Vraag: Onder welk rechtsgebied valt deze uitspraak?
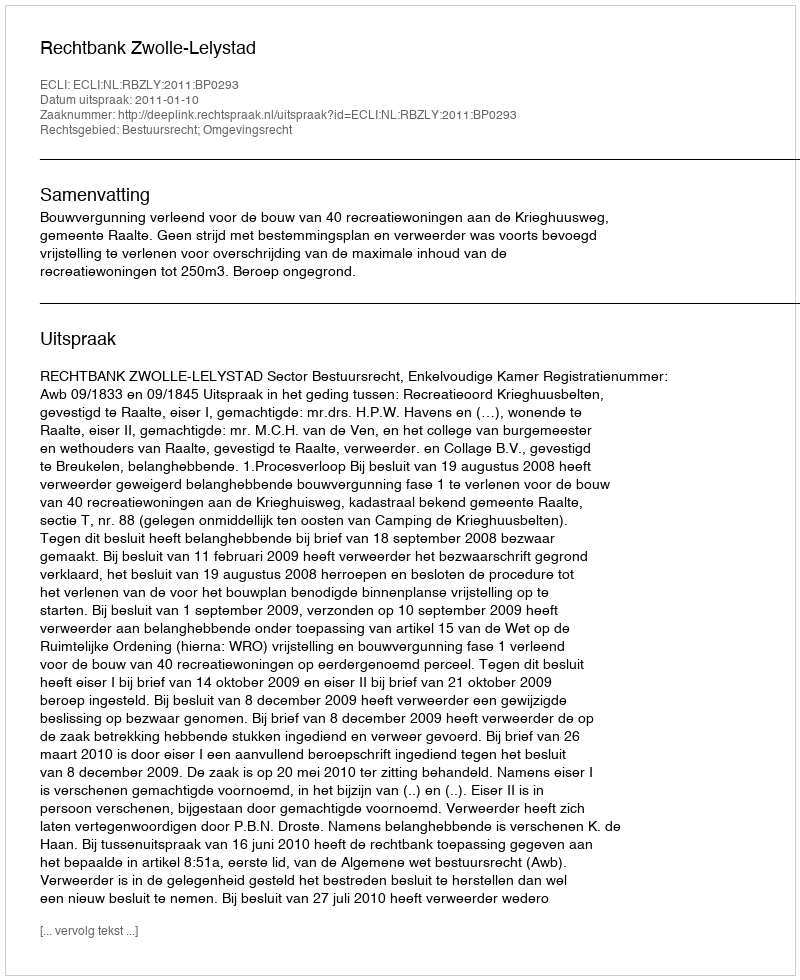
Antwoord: Bestuursrecht; Omgevingsrecht